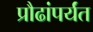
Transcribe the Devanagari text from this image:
प्रौढांपर्यंत